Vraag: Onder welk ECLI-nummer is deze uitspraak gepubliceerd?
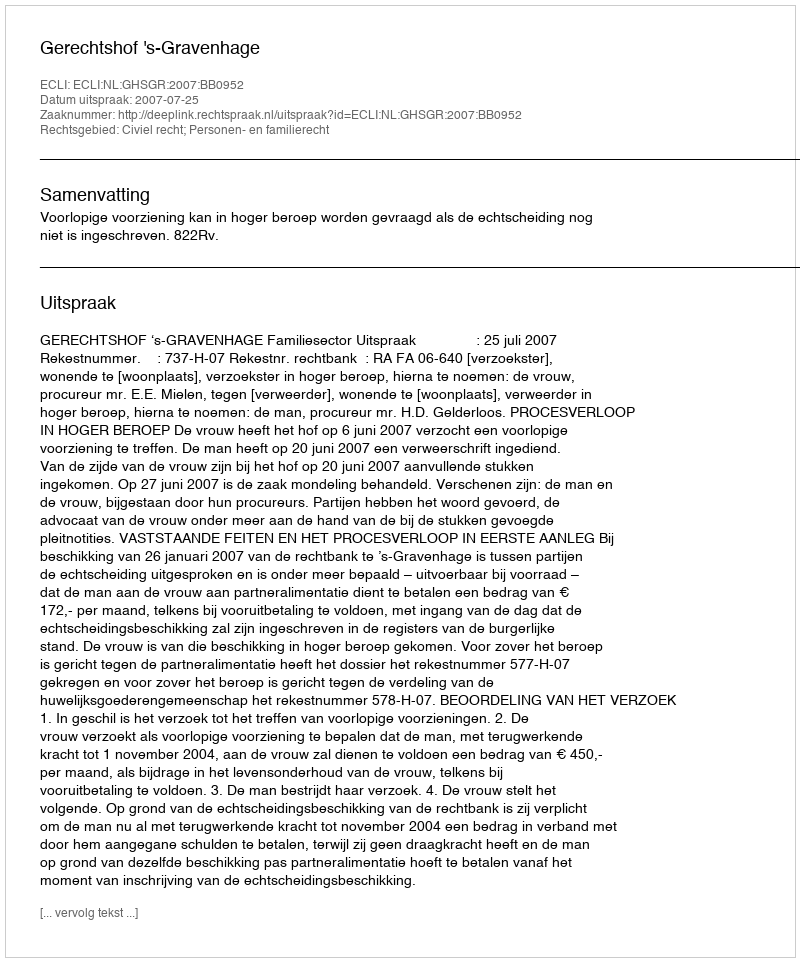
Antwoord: ECLI:NL:GHSGR:2007:BB0952